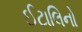
ઈટાલિનો